Tartu_Kolgata_baptistikogudus, lk 6
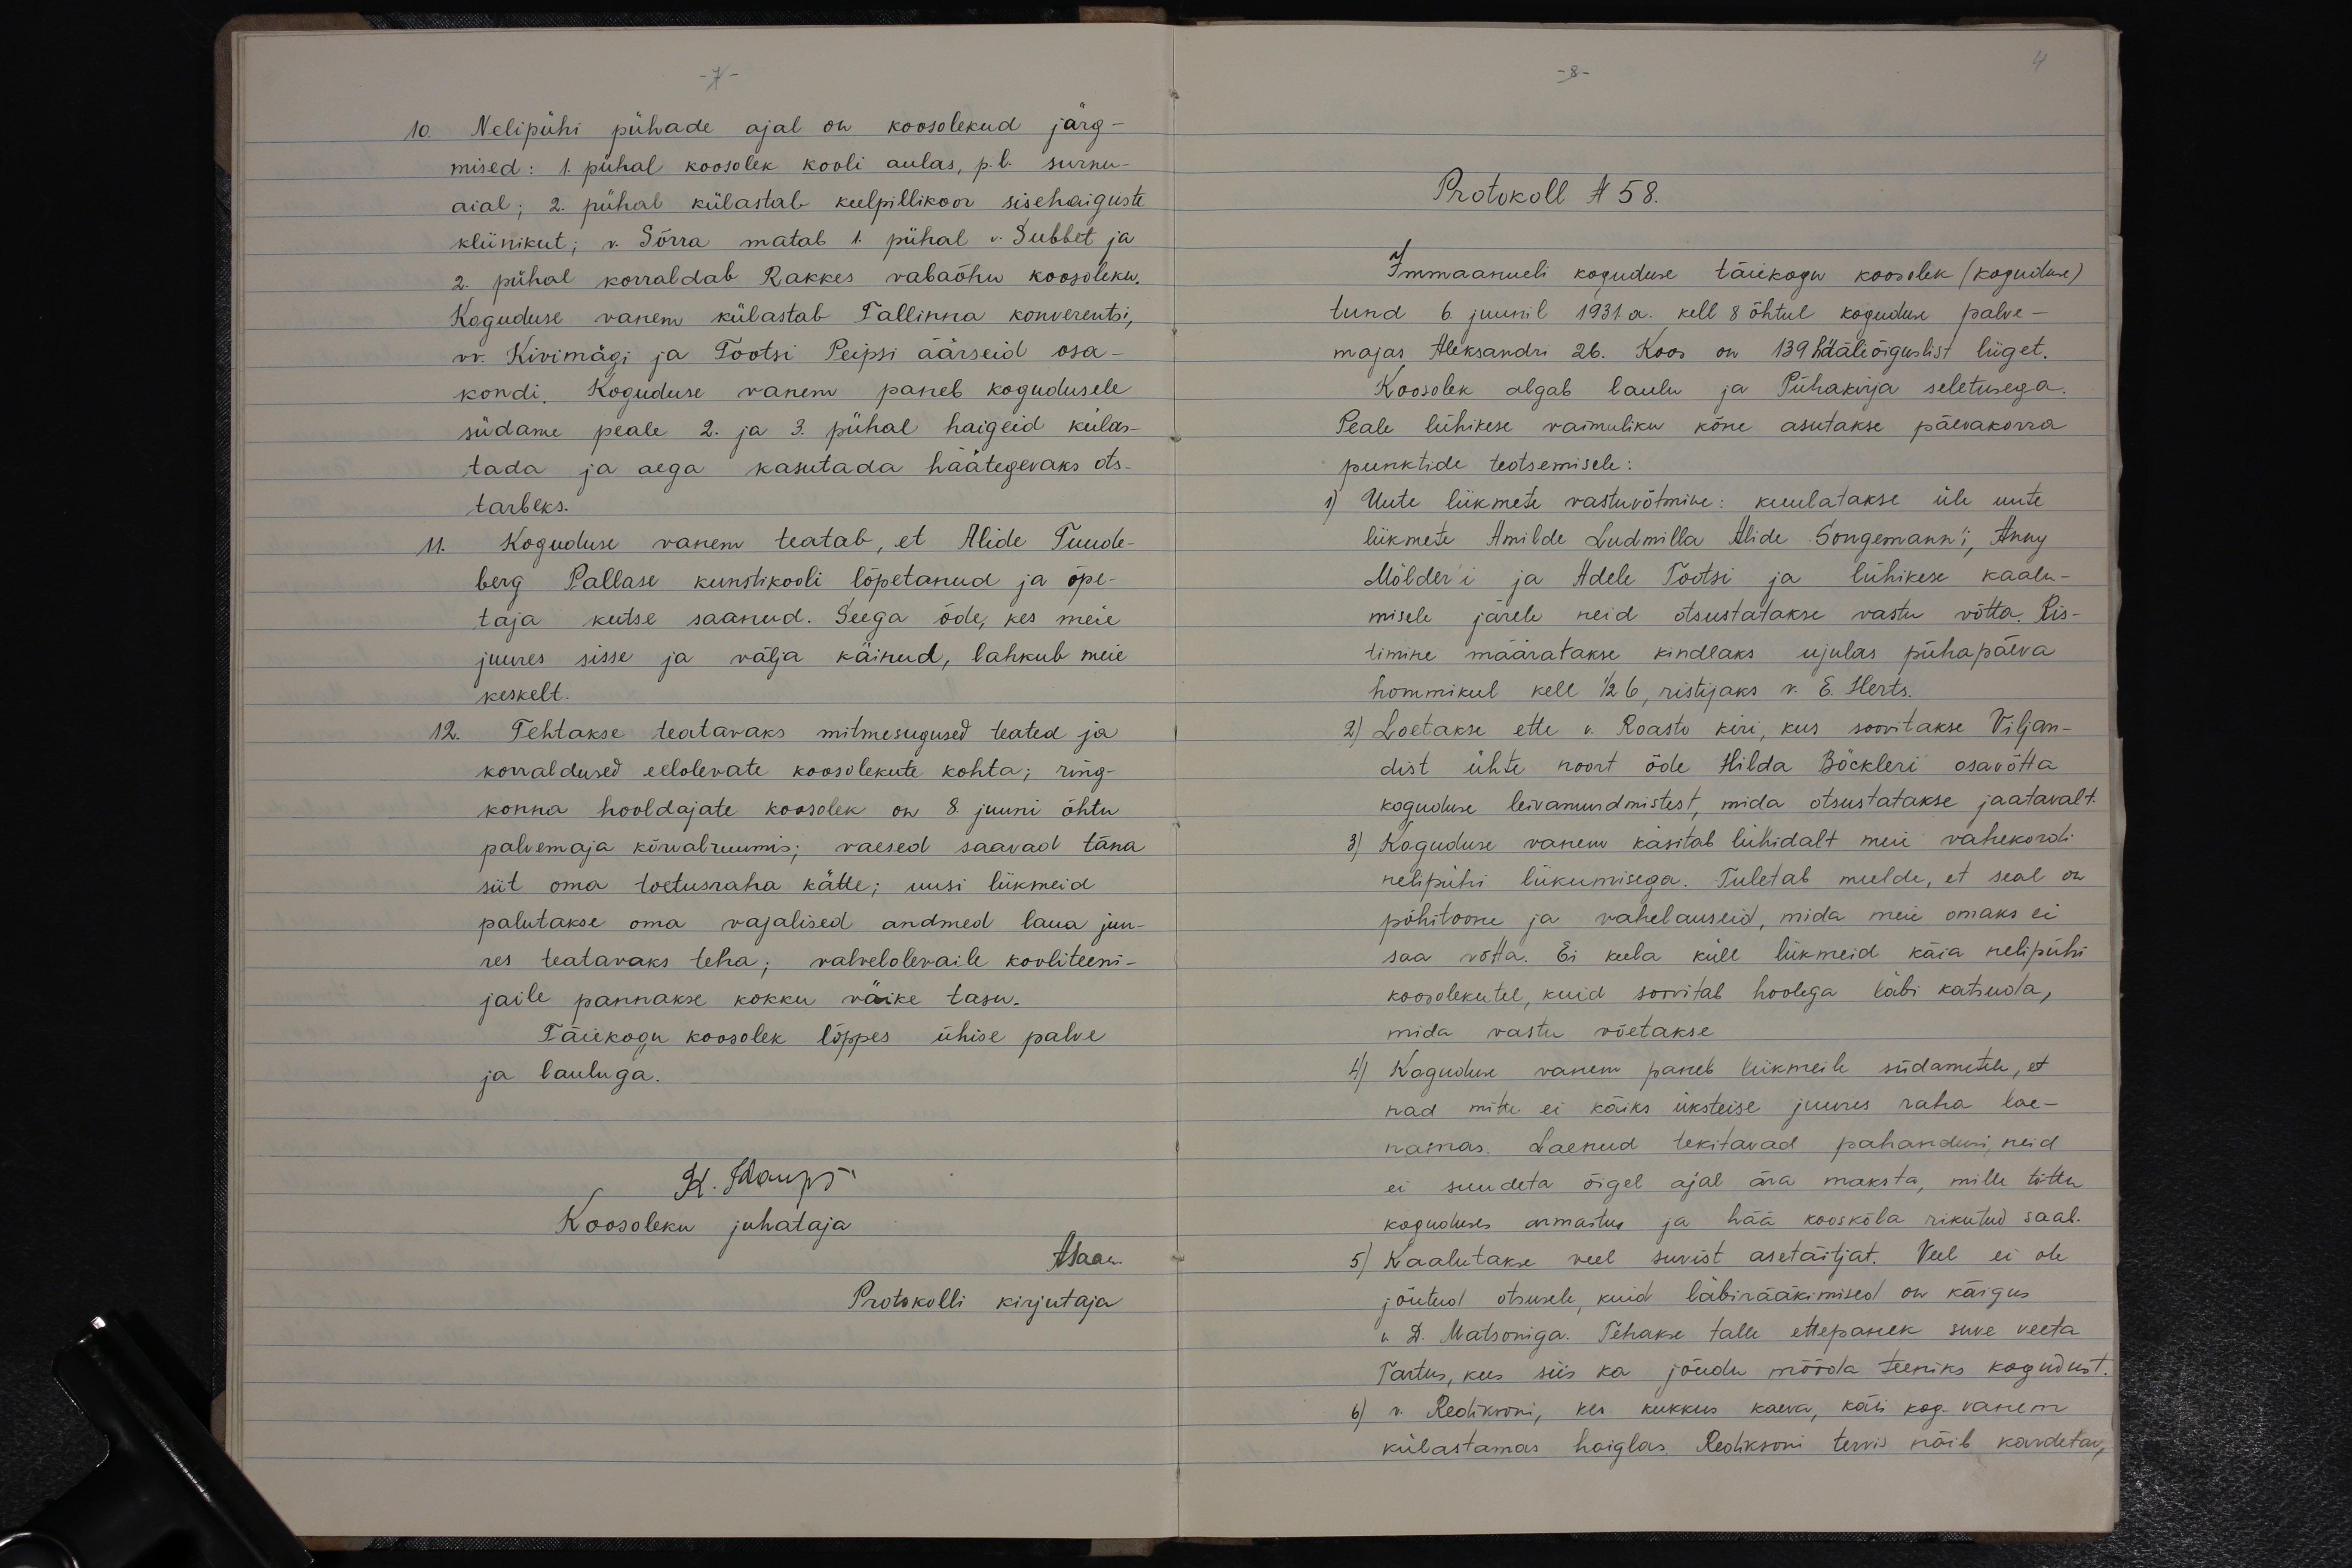
-7-

-8-

4

10. Nelipühi pühade ajal on koosolekud järg-
mised: 1. pühal koosolek kooli aulas, p.l. surnu-
aial; 2. pühal külastab keelpillikoor sisehaiguste
kliinikut; v. Sõrra matab 1. pühal v. Subbet ja
2. pühal korraldab Rakkes vabaõhu koosoleku.
Koguduse vanem külastab Tallinna konverentsi,
vv. Kivimägi ja Tootsi Peipsi äärseid osa-
kondi. Koguduse vanem paneb kogudusele
südame peale 2. ja 3. pühal haigeid külas-
tada ja aega kasutada häätegevaks ots-
tarbeks.
11. Koguduse vanem teatab, et Alide Tuude-
berg Pallase kunstikooli lõpetanud ja õpe-
taja kutse saanud. Seega õde, kes meie
juures sisse ja välja käinud, lahkub meie
keskelt.
12. Tehtakse teatavaks mitmesugused teated ja
korraldused eelolevate koosolekute kohta; ring-
konna hooldajate koosolek on 8. juuni õhtu
palvemaja kõrvalruumis; vaesed saavad täna
siit oma toetusraha kätte; uusi liikmeid
palutakse oma vajalised andmed laua juu-
res teatavaks teha; valvelolevaile kooliteeni-
jaile pannakse kokku väike tasu.
Täiekogu koosolek lõppes ühise palve
ja lauluga.
K. Kaups.
Koosoleku juhataja
Asaaw.
Protokolli kirjutaja

Protokoll N 58.

Immaanueli koguduse täiekogu koosolek (kogudus)
tund 6. juunil 1931.a. kell 8 õhtul koguduse palve-
majas Aleksandri 26. Koos on 139 hääliõiguslist liiget.
Koosolek algab laulu ja Pühakirja seletusega.
Peale lühikese vaimuliku kõne asutakse päevakorra
punktide teotsemisele:
1) Uute liikmete vastuvõtmine: kuulatakse üle uute
liikmete Amilde Ludmilla Alide Songemann'i, Anny
Mölder'i ja Adele Tootsi ja lühikese kaalu-
misele järele neid otsustatakse vastu võtta. Ris-
timine määratakse kindlaks ujulas pühapäeva
hommikul kell 1/2 6, ristijaks v. E. Herts.
2) Loetakse ette v. Roasto kiri, kus soovitakse Viljan-
dist ühte noort õde Hilda Böckleri osavõtta
koguduse leivamurdmistest, mida otsustatakse jaatavalt.
3) Koguduse vanem käsitab lühidalt meie vahekordi
nelipühi liikumisega. Tuletab meelde, et seal on
põhitoone ja vahelauseid, mida meie omaks ei
saa võtta. Ei keela küll liikmeid käia nelipühi-
koosolekutel, kuid soovitab hoolega läbi katsuda,
mida vastu võetakse.
4) Koguduse vanem paneb liikmeile südametele, et
nad mitte ei käiks üksteise juures raha lae-
namas. Laenud tekitavad pahandusi, neid
ei suudeta õigel ajal ära maksta, mille tõttu
koguduses armastus ja hää kooskõla rikutud saab.
5) Kaalutakse veel suvist asetäitjat. Veel ei ole
jõutud otsusele, kuid läbirääkimised on käigus
v. D. Matsoniga. Tehakse talle ettepanek suve veeta
Tartus, kus siis ka jõudu mööda teeniks kogudust.
6) v. Rediksoni, kes kukkus kaeva, käis kog. vanem
külastamas haiglas. Rediksoni tervis näib kardetav,